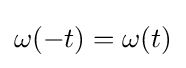
\omega (-t)=\omega (t)